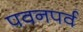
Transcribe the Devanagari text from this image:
पवनपर्व